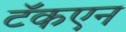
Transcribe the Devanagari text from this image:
टॅकएन